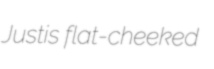
Justis flat-cheeked